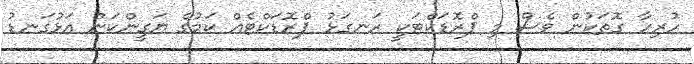
ހުރިހާ ގޮތަކުން ވެސް މި ޕްރޮޑަކްޓަކީ ރަނގަޅު ޕްރޮޑަކްޓެއް ކަމުގެ ޔަގީންކަން އަޅުގަނޑު